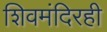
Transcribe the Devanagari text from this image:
शिवमंदिरही